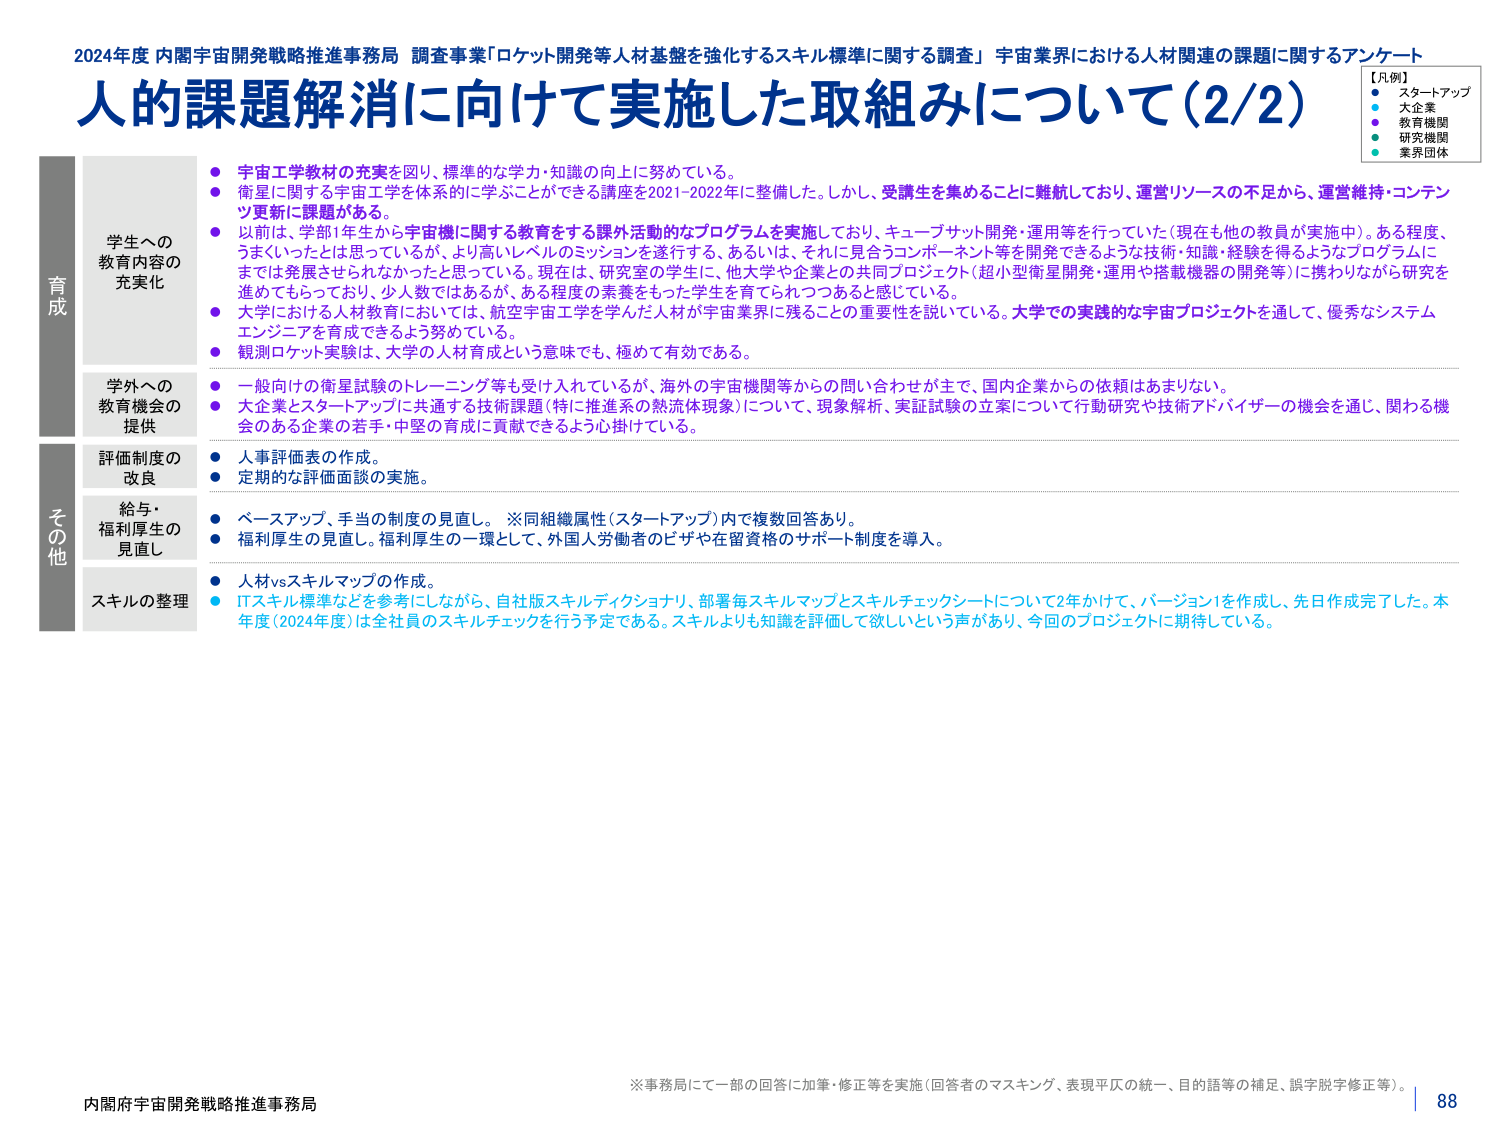
2024年度 内閣宇宙開発戦略推進事務局 調査事業「ロケット開発等人材基盤を強化するスキル標準に関する調査」 宇宙業界における人材関連の課題に関するアンケート
人的課題解消に向けて実施した取組みについて（2/2）

【凡例】
● スタートアップ
● 大企業
● 教育機関
● 研究機関
● 業界団体

育成
学生への教育内容の充実化
● 宇宙工学教材の充実を図り、標準的な学力・知識の向上に努めている。
● 衛星に関する宇宙工学を体系的に学ぶことができる講座を2021-2022年に整備した。しかし、受講生を集めるのに難航しており、運営リソースの不足から、運営維持・コンテンツ更新に課題がある。
● 以前は、学部1年生から宇宙機に関する教育をする課外活動的なプログラムを実施しており、キューブサット開発・運用等を行っていた（現在も他の教員が実施中）。ある程度、うまくいったとは思っているが、より高いレベルのミッションを遂行する、あるいは、それに見合うコンポーネント等を開発できるような技術・知識・経験を得るようなプログラムにまでは発展させられなかったと思っている。現在は、研究室の学生に、他大学や企業との共同プロジェクト（超小型衛星開発・運用や搭載機器の開発等）に携わりながら研究を進めてもらっており、少人数ではあるが、ある程度の素養をもった学生を育てられつつあると感じている。
● 大学における人材教育においては、航空宇宙工学を学んだ人材が宇宙業界に残ることの重要性を説いている。大学での実践的な宇宙プロジェクトを通じて、優秀なシステムエンジニアを育成できるよう努めている。
● 観測ロケット実験は、大学の人材育成という意味でも、極めて有効である。

学外への教育機会の提供
● 一般向けの衛星試験のトレーニング等も受け入れているが、海外の宇宙機関等からの問い合わせが主で、国内企業からの依頼はあまりない。
● 大企業とスタートアップに共通する技術課題（特に推進系の熱流体現象）について、現象解析、実証試験の立案について行動研究や技術アドバイザーの機会を通じ、関わる機会のある企業の若手・中堅の育成に貢献できるよう心掛けている。

その他
評価制度の改良
● 人事評価表の作成。
● 定期的な評価面談の実施。

給与・福利厚生の見直し
● ベースアップ、手当の制度の見直し。 ※同組織属性（スタートアップ）内で複数回答あり。
● 福利厚生の見直し。福利厚生の一環として、外国人労働者のビザや在留資格のサポート制度を導入。

スキルの整理
● 人材vsスキルマップの作成。
● ITスキル標準などを参考にしながら、自社版スキルディクショナリ、部署毎スキルマップとスキルチェックシートについて2年かけて、バージョン1を作成し、先日作成完了した。本年度（2024年度）は全社員のスキルチェックを行う予定である。スキルよりも知識を評価して欲しいという声があり、今回のプロジェクトに期待している。

※事務局にて一部の回答に加筆・修正等を実施（回答者のマスキング、表現平仄の統一、目的話等の補足、誤字脱字修正等）。
内閣府宇宙開発戦略推進事務局
88